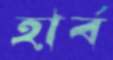
হার্ব